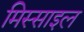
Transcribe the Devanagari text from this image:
मिस्साइल